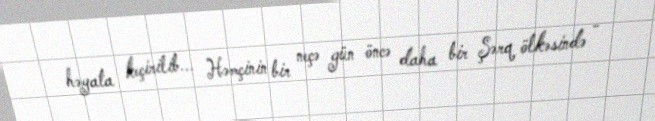
həyata keçirilib... Həmçinin bir neçə gün öncə daha bir Şərq ölkəsində -